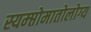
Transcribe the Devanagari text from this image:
स्यम्प्तोमातोलोग्य